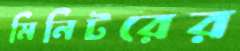
মিনিটরের